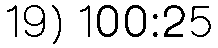
19) 100:25